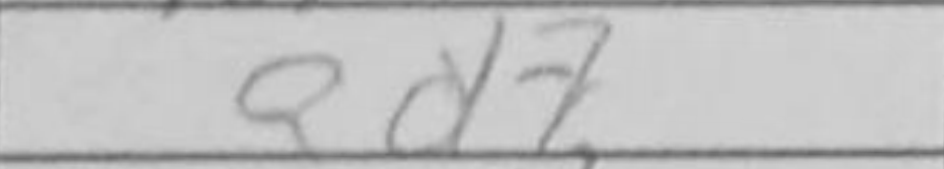
Transcription: Qd7